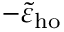
- \tilde { \varepsilon } _ { \mathrm { h o } }